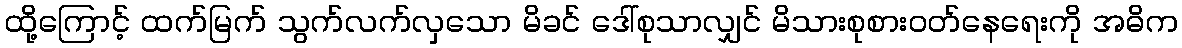
ထို့ကြောင့် ထက်မြက် သွက်လက်လှသော မိခင် ဒေါ်စုသာလျှင် မိသားစုစားဝတ်နေရေးကို အဓိက